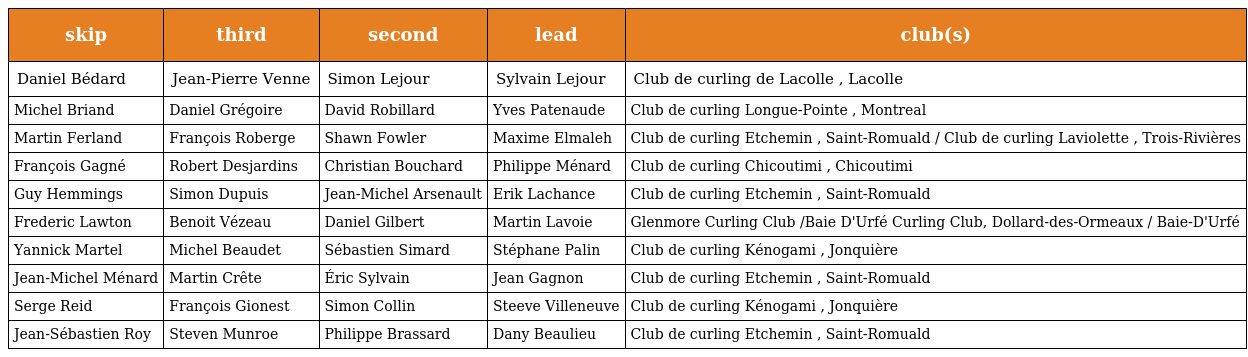
| skip | third | second | lead | club(s) |
 | --- | --- | --- | --- | --- |
 | Daniel Bédard | Jean-Pierre Venne | Simon Lejour | Sylvain Lejour | Club de curling de Lacolle , Lacolle |
 | Michel Briand | Daniel Grégoire | David Robillard | Yves Patenaude | Club de curling Longue-Pointe , Montreal |
 | Martin Ferland | François Roberge | Shawn Fowler | Maxime Elmaleh | Club de curling Etchemin , Saint-Romuald / Club de curling Laviolette , Trois-Rivières |
 | François Gagné | Robert Desjardins | Christian Bouchard | Philippe Ménard | Club de curling Chicoutimi , Chicoutimi |
 | Guy Hemmings | Simon Dupuis | Jean-Michel Arsenault | Erik Lachance | Club de curling Etchemin , Saint-Romuald |
 | Frederic Lawton | Benoit Vézeau | Daniel Gilbert | Martin Lavoie | Glenmore Curling Club /Baie D'Urfé Curling Club, Dollard-des-Ormeaux / Baie-D'Urfé |
 | Yannick Martel | Michel Beaudet | Sébastien Simard | Stéphane Palin | Club de curling Kénogami , Jonquière |
 | Jean-Michel Ménard | Martin Crête | Éric Sylvain | Jean Gagnon | Club de curling Etchemin , Saint-Romuald |
 | Serge Reid | François Gionest | Simon Collin | Steeve Villeneuve | Club de curling Kénogami , Jonquière |
 | Jean-Sébastien Roy | Steven Munroe | Philippe Brassard | Dany Beaulieu | Club de curling Etchemin , Saint-Romuald |